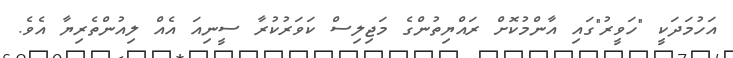
އަހުމަދަކީ "ހަވީރު"ގައި އާންމުކޮށް ރައްޔިތުންގެ މަޖިލިސް ކަވަރުކުރާ ސީނިއަ އެއް ލިއުންތެރިޔާ އެވެ.